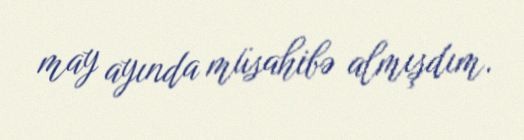
may ayında müsahibə almışdım.